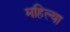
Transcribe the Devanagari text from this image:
महिल्या